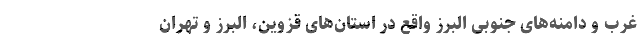
غرب و دامنه‌های جنوبی البرز واقع در استان‌های قزوین، البرز و تهران